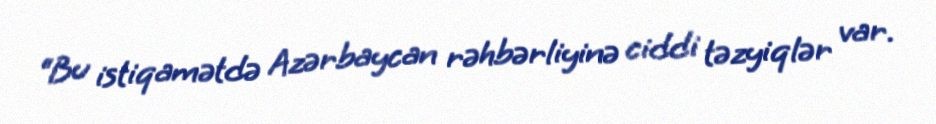
“Bu istiqamətdə Azərbaycan rəhbərliyinə ciddi təzyiqlər var.